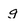
Character: g